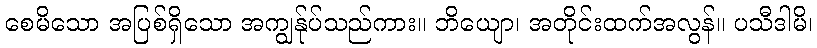
စေမိသော အပြစ်ရှိသော အကျွန်ုပ်သည်ကား။ ဘိယျော၊ အတိုင်းထက်အလွန်။ ပသီဒါမိ၊